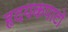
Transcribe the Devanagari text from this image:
हृदयकपाटों